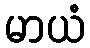
မာယံ